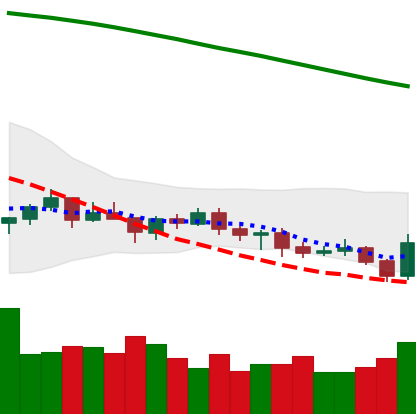
Ticker: BTC-USD
Chart end date: 2021-07-21
Forward return: 16.278%
Label: up_7plus